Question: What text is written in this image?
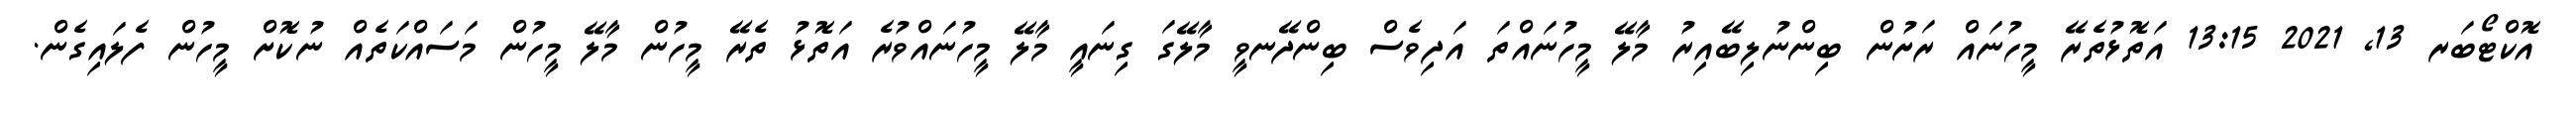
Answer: އޮކްޓޯބަރ 13, 2021 13:15 އަތޮޅުތެރޭ މީހުނައް ރަށުން ބިންނުލިބޭއިރު މާލޭ މީހުނައްތަ އަދިވެސް ބިންދޭނވީ މާލޭގަ ގިނައީ މާލޭ މީހުނައްވުރެ އަތޮޅު ތެރޭ މީހުން މާލޭ މީހުން މަސައްކަތެއް ނުކޮށް މީހުން ފެލައިގެން.